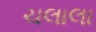
ચલાલા